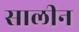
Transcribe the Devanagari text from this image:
सालीन